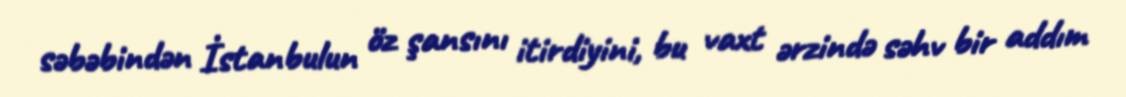
səbəbindən İstanbulun öz şansını itirdiyini, bu vaxt ərzində səhv bir addım